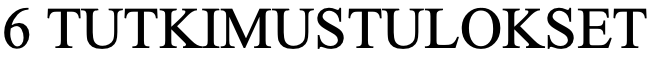
6 TUTKIMUSTULOKSET